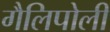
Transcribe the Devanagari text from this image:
गैलिपोली